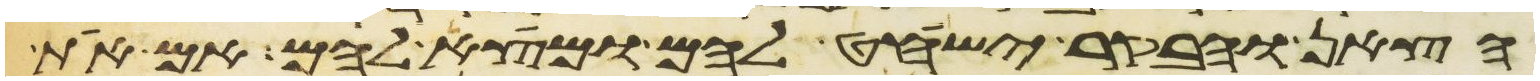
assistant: הצאן והבקר ישחט להם ומצא להם אם את